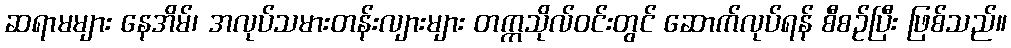
ဆရာမများ နေအိမ်၊ အလုပ်သမားတန်းလျားများ တက္ကသိုလ်ဝင်းတွင် ဆောက်လုပ်ရန် စီစဉ်ပြီး ဖြစ်သည်။